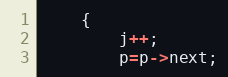
Language: C++
	{
		j++;
		p=p->next;